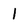
Character: l